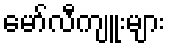
မော်လီကျူးများ